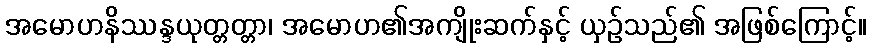
အမောဟနိဿန္ဒယုတ္တတ္တာ၊ အမောဟ၏အကျိုးဆက်နှင့် ယှဉ်သည်၏ အဖြစ်ကြောင့်။